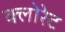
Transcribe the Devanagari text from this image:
क्‍लोरेट